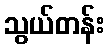
သွယ်တန်း